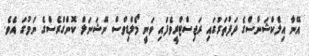
އޭނާ އިލެކްޝަންސްގެ ދަފުތަރުގައި ރަޖިސްޓްރީވެފައި ވަނީ މޯލްޑިވްސް ނޭޝަނަލް ކޮންގްރެސްގެ ނަމުގަ އެވެ.